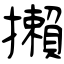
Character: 攋